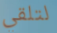
لتلقي